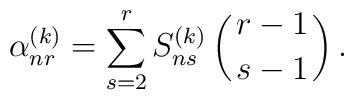
\alpha_{nr}^{(k)} = \sum^r_{s=2} S^{(k)}_{ns} \left(r-1 \atop{s-1}\right).